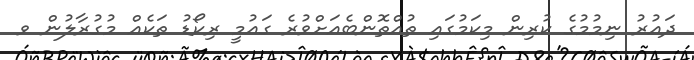
ދައުރު ނިމުމުގެ ކުރިން މިކަމުގައި ތުއްތޮންބެއަށްވުރެ ގައުމީ ރިކޯޑު ތަކެއް މުގުރާލުން ވ